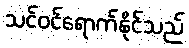
သင်ဝင်ရောက်နိုင်သည်